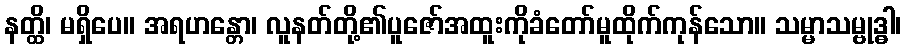
နတ္ထိ၊ မရှိပေ။ အရဟန္တော၊ လူနတ်တို့၏ပူဇော်အထူးကိုခံတော်မူထိုက်ကုန်သော။ သမ္မာသမ္ဗုဒ္ဓါ၊